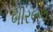
બીરબલ